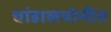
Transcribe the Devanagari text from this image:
चांडालयोनीत